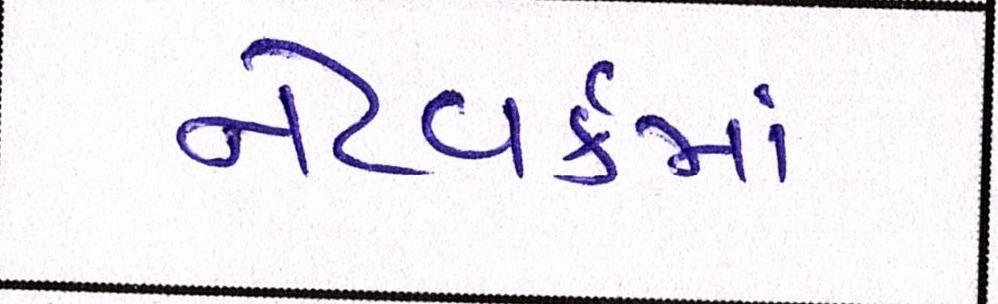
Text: નેટવર્કમાં